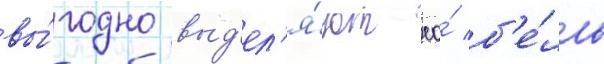
вы́годно выд'ел'я́ют ео́ б'е́лль